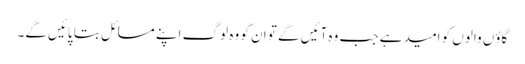
گاؤں والوں کو امید ہے جب وہ آئیں‌گے تو ان کو وہ لوگ اپنے مسائل بتا پائیں‌گے۔